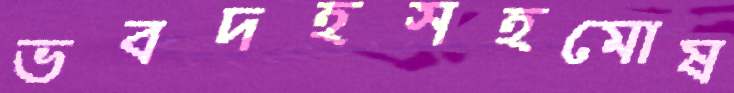
ভবদহসহমোষ